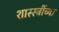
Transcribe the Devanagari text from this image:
शास्स्त्रींच्या